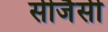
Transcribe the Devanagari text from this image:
सीजैसी